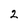
Character: 2